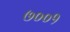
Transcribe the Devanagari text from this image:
७००१